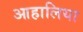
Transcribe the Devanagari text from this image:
आहालिया